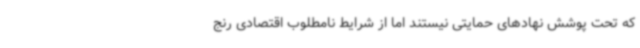
که تحت پوشش نهادهای حمایتی نیستند اما از شرایط نامطلوب اقتصادی رنج